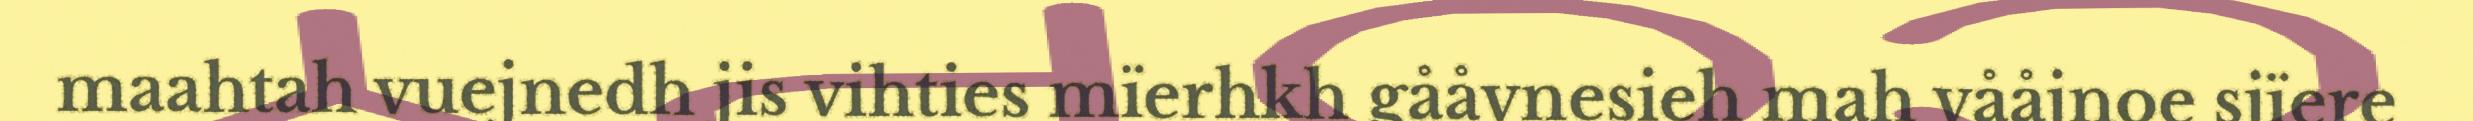
maahtah vuejnedh jis vihties mïerhkh gååvnesieh mah vååjnoe sjïere